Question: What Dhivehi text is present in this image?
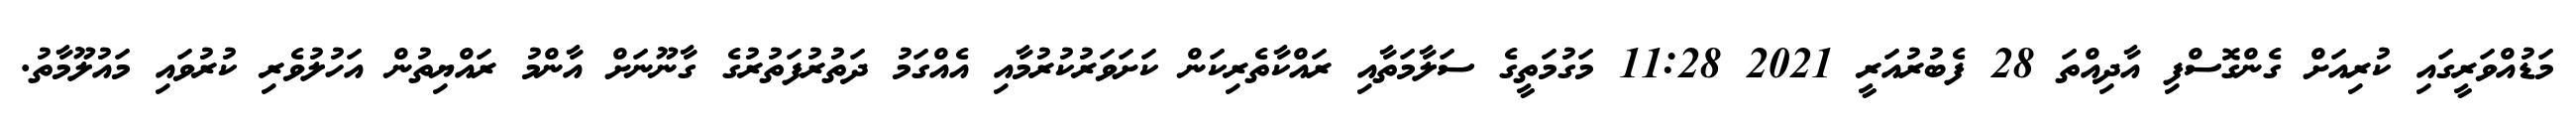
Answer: މަޑުއްވަރީގައި ކުރިއަށް ގެންގޮސްފި އާދިއްތަ 28 ފެބުރުއަރީ 2021 11:28 މަގުމަތީގެ ސަލާމަތާއި ރައްކާތެރިކަން ކަށަވަރުކުރުމާއި އެއްގަމު ދަތުރުފަތުރުގެ ގާނޫނަށް އާންމު ރައްޔިތުން އަހުލުވެރި ކުރުވައި މައުލޫމާތު.